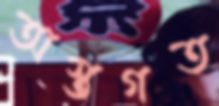
অস্তগত